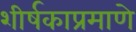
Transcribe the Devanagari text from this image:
शीर्षकाप्रमाणे